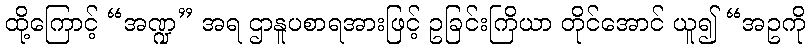
ထို့ကြောင့် “အဏ္ဍ” အရ ဌာနူပစာရအားဖြင့် ဥခြင်းကြိယာ တိုင်အောင် ယူ၍ “အဥကို